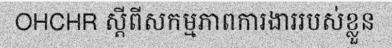
OHCHR ស្តីពីសកម្មភាពការងាររបស់ខ្លួន